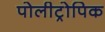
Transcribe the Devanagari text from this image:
पोलीट्रोपिक